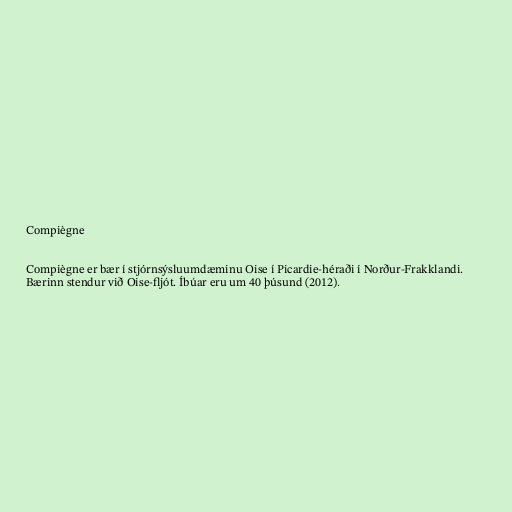
Compiègne

Compiègne er bær í stjórnsýsluumdæminu Oise í Picardie-héraði í Norður-Frakklandi.
Bærinn stendur við Oise-fljót. Íbúar eru um 40 þúsund (2012).